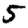
Digit: 5